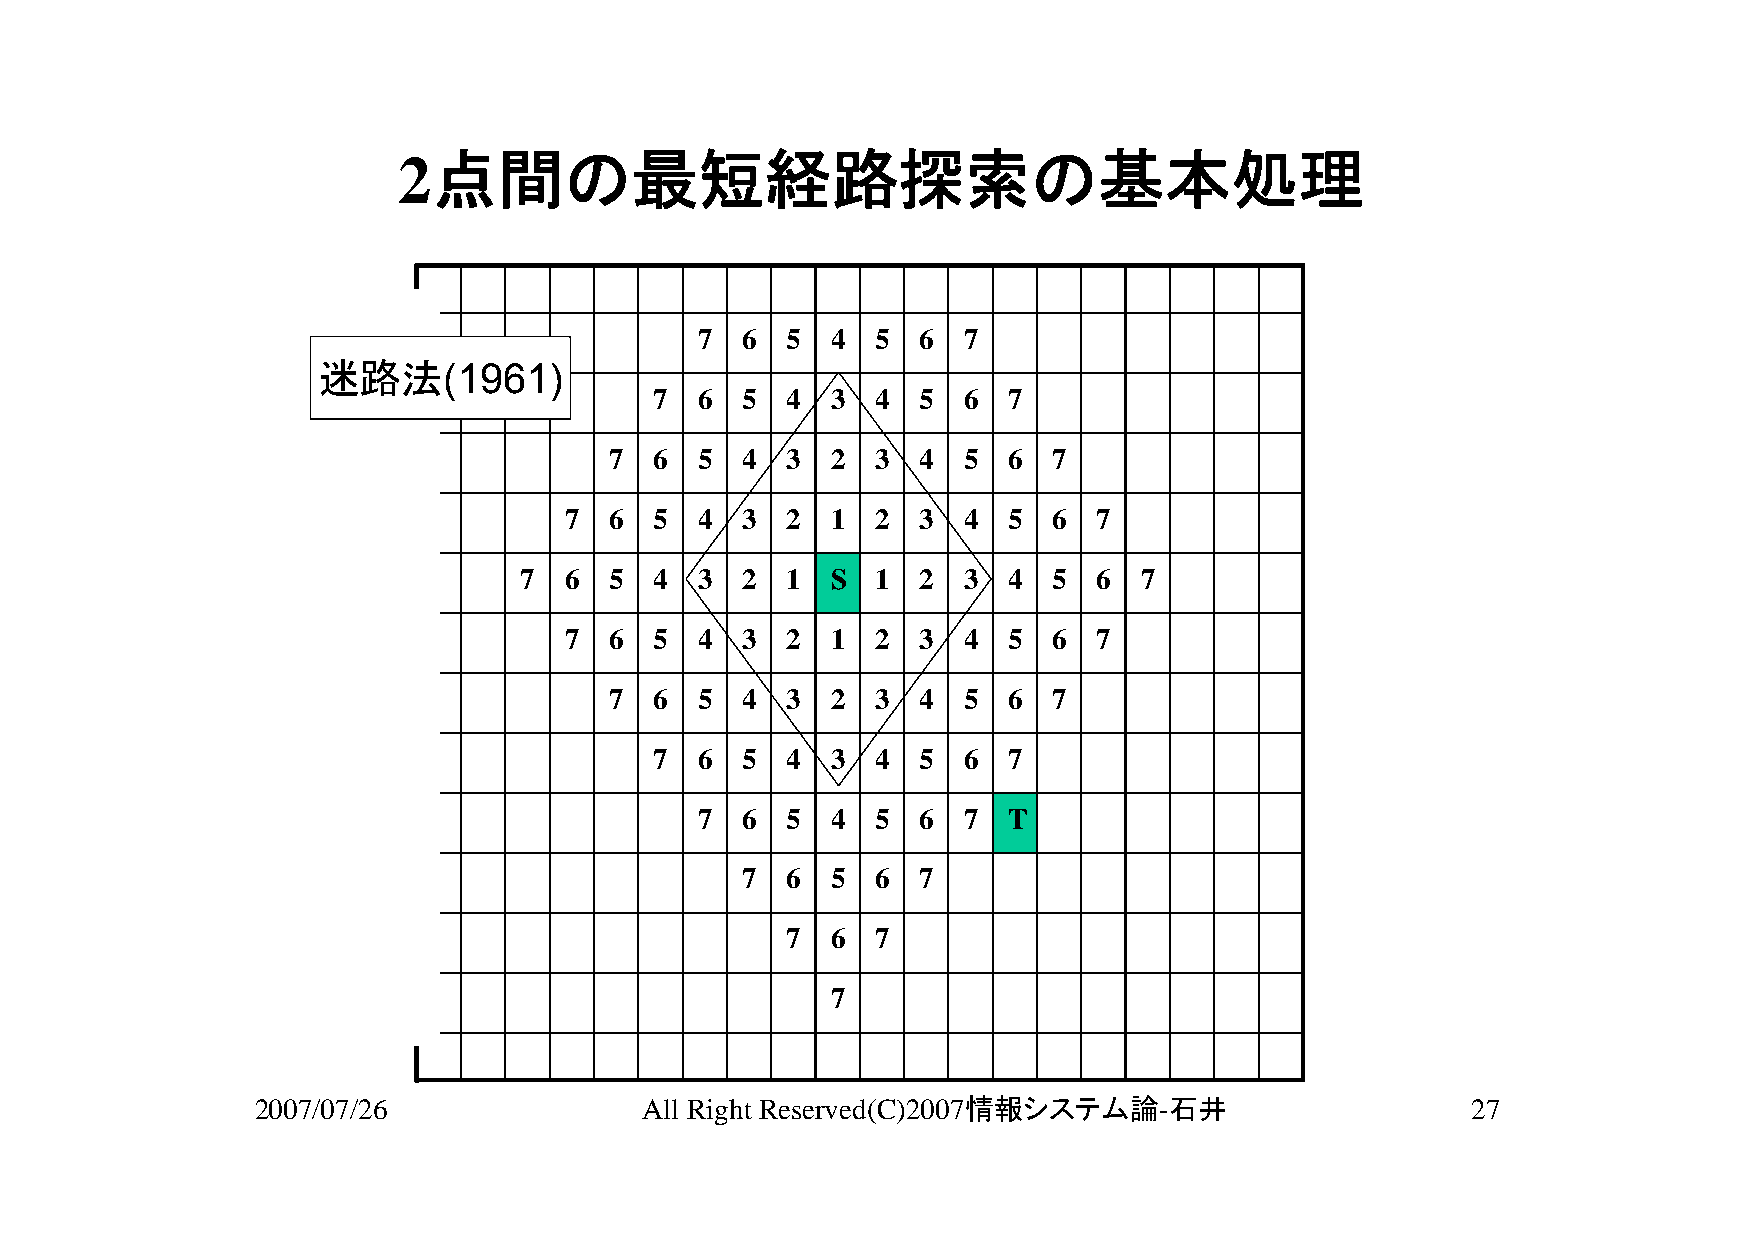
2点間の最短経路探索の基本処理
 7  6  5  4  5  6  7
 迷路法(1961)
 7  6  5  4  3  4  5  6  7
 7  6  5  4  3  2  3  4  5  6  7
 7  6  5  4  3  2  1  2  3  4  5  6  7
 7  6  5  4  3  2  1  S  1  2  3  4  5  6 7
 7  6  5  4  3  2  1  2  3  4  5  6  7
 7  6  5  4  3  2  3  4  5  6  7
 7  6  5  4  3  4  5  6  7
 7  6  5  4  5  6  7  T
 7  6  5  6  7
 7  6  7
 7
 2007/07/26               All Right Reserved(C)2007情報システム論-石井                    27